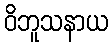
ဝိဘူသနာယ